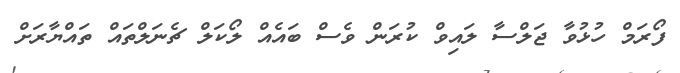
ފޯރަމް ހުޅުވާ ޖަލްސާ ލައިވް ކުރަން ވެސް ބައެއް ލޯކަލް ޗެނަލްތައް ތައްޔާރަށް